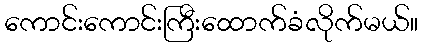
ကောင်းကောင်းကြီးထောက်ခံလိုက်မယ်။